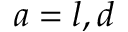
a = l , d